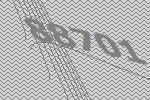
88701